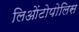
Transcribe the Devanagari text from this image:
लिओंटोपोलिस